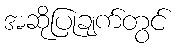
အဆိုပြုချက်တွင်